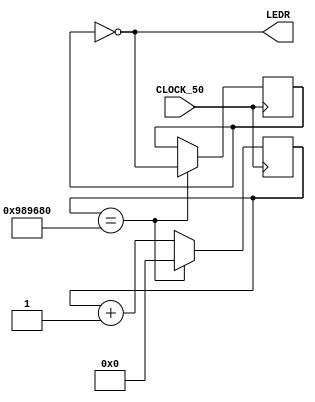
/*
	TRABALHO: Piscar Leds na placa da ALTERA
	 * Douglas Rosa
	 * Maikon Pereira
	 * Tatiane Barbosa
*/

module leds(
	input CLOCK_50,
	output [0:0]LEDR
);
	
reg [32:0] cont1 = 0;
reg reg1 = 0;

assign LEDR[0] = ~reg1;
	
always@(posedge CLOCK_50)
	begin
		if(cont1 == 10000000) 
			begin
				reg1 <= ~reg1;
				cont1 <= 0;
			end
		//--	
		else 
			begin
				cont1 = cont1 + 1;
			end
		end  
		
endmodule